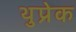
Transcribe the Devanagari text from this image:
थुप्रेक